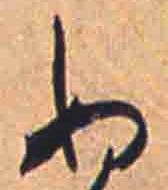
ぬ